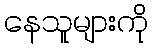
နေသူများကို